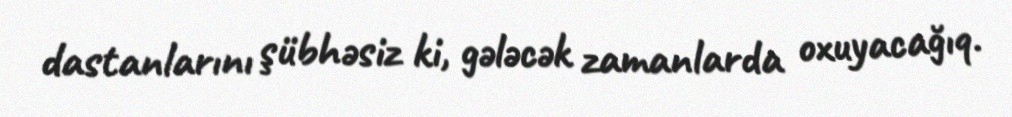
dastanlarını şübhəsiz ki, gələcək zamanlarda oxuyacağıq.